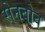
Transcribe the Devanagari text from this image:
सेनबोव